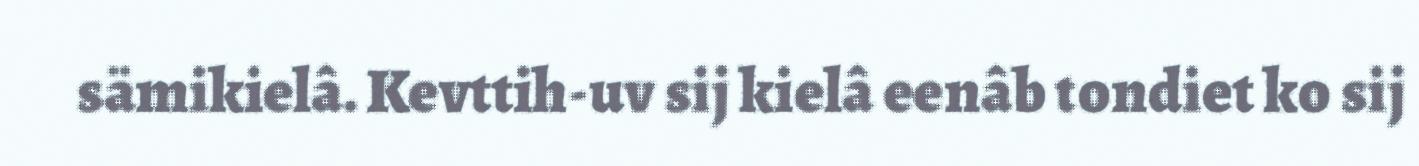
sämikielâ. Kevttih-uv sij kielâ eenâb tondiet ko sij